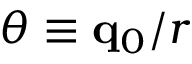
\boldsymbol { \theta } \equiv { \bf q } _ { 0 } / r